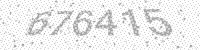
Solution: 676415